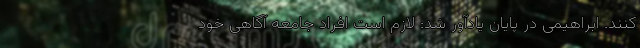
کنند. ابراهیمی در پایان یادآور شد: لازم است افراد جامعه آگاهی خود